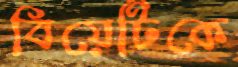
বিয়েটিকে